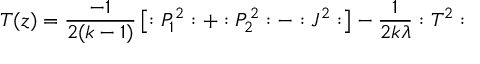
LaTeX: T ( z ) = \frac { - 1 } { 2 ( k - 1 ) } \left[ : P _ { 1 } ^ { 2 } : + : P _ { 2 } ^ { 2 } : - : J ^ { 2 } : \right] - \frac 1 { 2 k \lambda } : T ^ { 2 } :